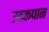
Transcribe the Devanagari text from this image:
उदकपान